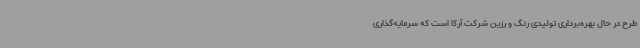
طرح در حال بهره‌برداری تولیدی رنگ و رزین شرکت آرکا است که سرمایه‌گذاری